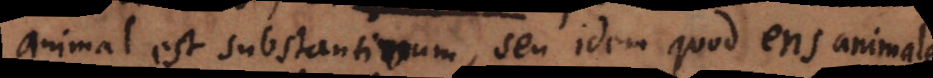
animal est substantivum, seu idem quod ens animale.